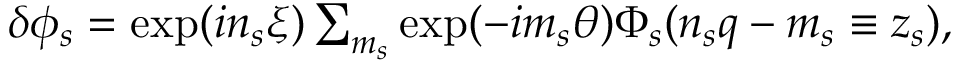
\begin{array} { r } { \delta \phi _ { s } = \exp ( i n _ { s } \xi ) \sum _ { m _ { s } } \exp ( - i m _ { s } \theta ) \Phi _ { s } ( n _ { s } q - m _ { s } \equiv z _ { s } ) , } \end{array}